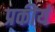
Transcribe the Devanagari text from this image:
प्रकीर्य